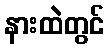
နားထဲတွင်